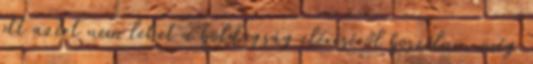
ott azért nem lehet a boldogság eléréséről beszélni, még